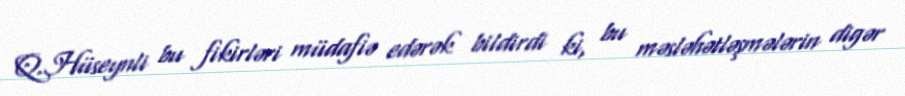
Q.Hüseynli bu fikirləri müdafiə edərək bildirdi ki, bu məsləhətləşmələrin digər